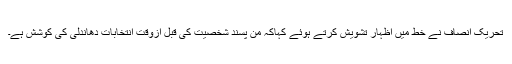
تحریک انصاف نے خط میں اظہار تشویش کرتے ہوئے کہاکہ من پسند شخصیت کی قبل ازوقت انتخابات دھاندلی کی کوشش ہے۔